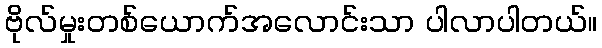
ဗိုလ်မှုးတစ်ယောက်အလောင်းသာ ပါလာပါတယ်။